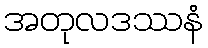
အတုလဒဿနံ